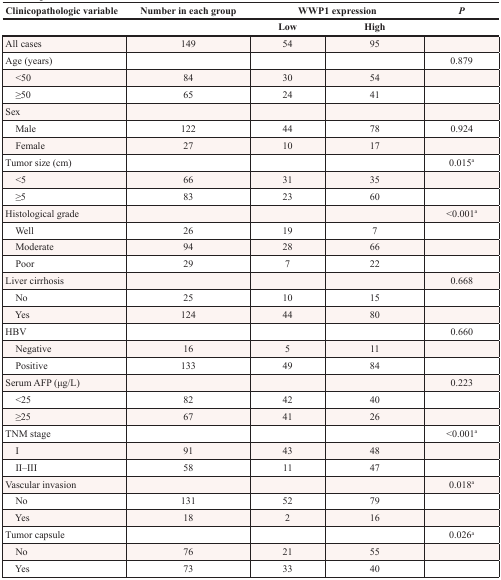
<table><thead><tr><td><b>Clinicopathologic variable</b></td><td><b>Number in each group</b></td><td colspan="2"><b>WWP1 expression</b></td><td><b><i>P</i></b></td></tr><tr><td></td><td></td><td><b>Low</b></td><td><b>High</b></td><td></td></tr></thead><tbody><tr><td>All cases</td><td>149</td><td>54</td><td>95</td><td></td></tr><tr><td>Age (years)</td><td></td><td></td><td></td><td>0.879</td></tr><tr><td> &lt;50</td><td>84</td><td>30</td><td>54</td><td></td></tr><tr><td> ≥50</td><td>65</td><td>24</td><td>41</td><td></td></tr><tr><td>Sex</td><td></td><td></td><td></td><td></td></tr><tr><td> Male</td><td>122</td><td>44</td><td>78</td><td>0.924</td></tr><tr><td> Female</td><td>27</td><td>10</td><td>17</td><td></td></tr><tr><td>Tumor size (cm)</td><td></td><td></td><td></td><td>0.015<sup>a</sup></td></tr><tr><td> &lt;5</td><td>66</td><td>31</td><td>35</td><td></td></tr><tr><td> ≥5</td><td>83</td><td>23</td><td>60</td><td></td></tr><tr><td>Histological grade</td><td></td><td></td><td></td><td>&lt;0.001<sup>a</sup></td></tr><tr><td> Well</td><td>26</td><td>19</td><td>7</td><td></td></tr><tr><td> Moderate</td><td>94</td><td>28</td><td>66</td><td></td></tr><tr><td> Poor</td><td>29</td><td>7</td><td>22</td><td></td></tr><tr><td>Liver cirrhosis</td><td></td><td></td><td></td><td>0.668</td></tr><tr><td> No</td><td>25</td><td>10</td><td>15</td><td></td></tr><tr><td> Yes</td><td>124</td><td>44</td><td>80</td><td></td></tr><tr><td>HBV</td><td></td><td></td><td></td><td>0.660</td></tr><tr><td> Negative</td><td>16</td><td>5</td><td>11</td><td></td></tr><tr><td> Positive</td><td>133</td><td>49</td><td>84</td><td></td></tr><tr><td>Serum AFP (μg/L)</td><td></td><td></td><td></td><td>0.223</td></tr><tr><td> &lt;25</td><td>82</td><td>42</td><td>40</td><td></td></tr><tr><td> ≥25</td><td>67</td><td>41</td><td>26</td><td></td></tr><tr><td>TNM stage</td><td></td><td></td><td></td><td>&lt;0.001<sup>a</sup></td></tr><tr><td> I</td><td>91</td><td>43</td><td>48</td><td></td></tr><tr><td> II–III</td><td>58</td><td>11</td><td>47</td><td></td></tr><tr><td>Vascular invasion</td><td></td><td></td><td></td><td>0.018<sup>a</sup></td></tr><tr><td> No</td><td>131</td><td>52</td><td>79</td><td></td></tr><tr><td> Yes</td><td>18</td><td>2</td><td>16</td><td></td></tr><tr><td>Tumor capsule</td><td></td><td></td><td></td><td>0.026<sup>a</sup></td></tr><tr><td> No</td><td>76</td><td>21</td><td>55</td><td></td></tr><tr><td> Yes</td><td>73</td><td>33</td><td>40</td><td></td></tr></tbody></table>